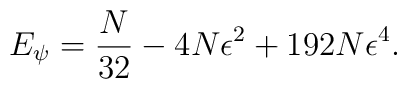
E_{\psi}=\frac{N}{32}-4N\epsilon^{2}+192N\epsilon^{4}.